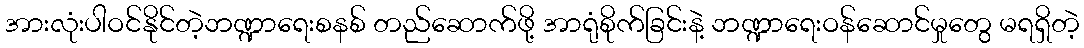
အားလုံးပါဝင်နိုင်တဲ့ဘဏ္ဍာရေးစနစ် တည်ဆောက်ဖို့ အာရုံစိုက်ခြင်းနဲ့ ဘဏ္ဍာရေးဝန်ဆောင်မှုတွေ မရရှိတဲ့